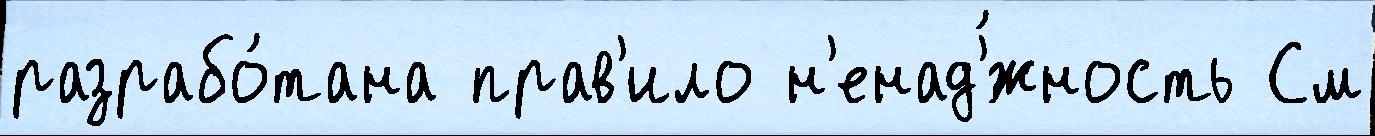
разрабо́тана прав'ило н'енад'́жность См